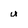
Character: u